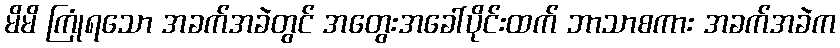
မိမိ ကြုံရသော အခက်အခဲတွင် အတွေးအခေါ်ပိုင်းထက် ဘာသာစကား အခက်အခဲက